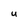
Character: u